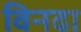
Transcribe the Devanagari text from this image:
विनढा